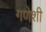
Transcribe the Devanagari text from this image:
गणेशी